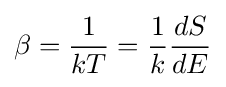
\beta ={\frac {1}{kT}}={\frac {1}{k}}{\frac {dS}{dE}}